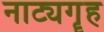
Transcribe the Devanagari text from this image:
नाट्यगॄह